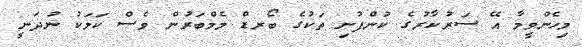
މިހެންވީމާ އޭ ސަރުކާރުގެ ކުންފުނި ތަކުގެ ބޯރޑް މެމްބަރުން ވެސް ކަމަކު ނުދަނީ